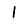
Digit: 1